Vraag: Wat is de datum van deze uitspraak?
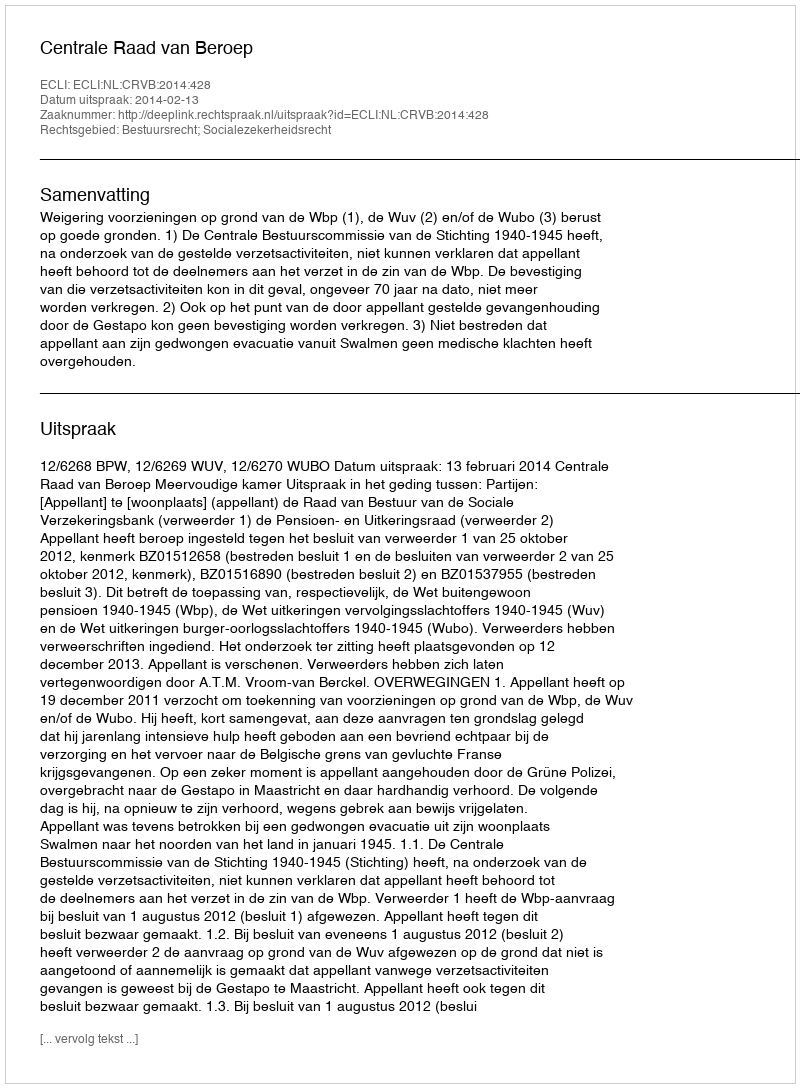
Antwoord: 2014-02-13